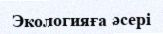
Экологияға әсері